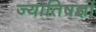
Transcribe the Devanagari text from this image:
ज्योतिषज्ञों